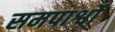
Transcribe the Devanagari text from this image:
समपार्श्वो